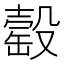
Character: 䍍